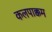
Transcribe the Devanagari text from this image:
कलपाक्कम